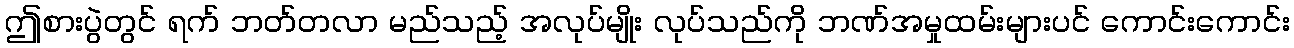
ဤစားပွဲတွင် ရက် ဘတ်တလာ မည်သည့် အလုပ်မျိုး လုပ်သည်ကို ဘဏ်အမှုထမ်းများပင် ကောင်းကောင်း